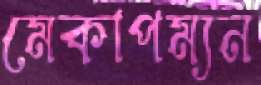
মেকাপম্যন